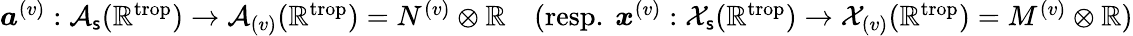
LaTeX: \begin{array}{r}{\boldsymbol{a}^{(v)}:\mathcal{A}_{\mathsf{s}}(\mathbb{R}^{\mathrm{trop}})\to\mathcal{A}_{(v)}(\mathbb{R}^{\mathrm{trop}})=N^{(v)}\otimes\mathbb{R}\quad(\mathrm{resp.~}\boldsymbol{x}^{(v)}:\mathcal{X}_{\mathsf{s}}(\mathbb{R}^{\mathrm{trop}})\to\mathcal{X}_{(v)}(\mathbb{R}^{\mathrm{trop}})=M^{(v)}\otimes\mathbb{R})}\end{array}